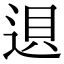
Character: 䢙